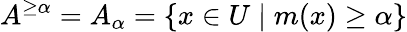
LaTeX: A^{\geq\alpha}=A_{\alpha}=\{ x\in U\mid m(x)\geq\alpha\}